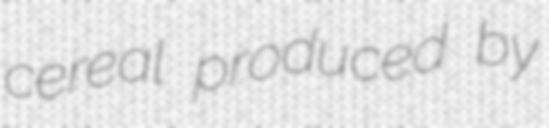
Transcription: cereal produced by